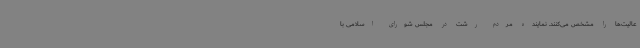
عالیت‌ها را مشخص می‌کنند. نماینده مردم رشت در مجلس شورای اسلامی با